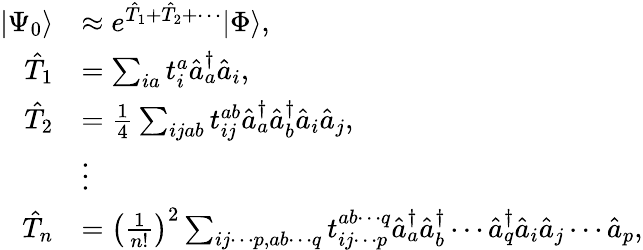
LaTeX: \begin{array}{rl}{|\Psi_{0}\rangle}&{\approx e^{\hat{T}_{1}+\hat{T}_{2}+\cdots}|\Phi\rangle,}\\ {\hat{T}_{1}}&{=\sum_{ia}t_{i}^{a}\hat{a}_{a}^{\dagger}\hat{a}_{i},}\\ {\hat{T}_{2}}&{=\frac{1}{4}\sum_{ijab}t_{ij}^{ab}\hat{a}_{a}^{\dagger}\hat{a}_{b}^{\dagger}\hat{a}_{i}\hat{a}_{j},}\\ &{\vdots}\\ {\hat{T}_{n}}&{=\left(\frac{1}{n!}\right)^{2}\sum_{ij\cdots p,ab\cdots q}t_{ij\cdots p}^{ab\cdots q}\hat{a}_{a}^{\dagger}\hat{a}_{b}^{\dagger}\cdots\hat{a}_{q}^{\dagger}\hat{a}_{i}\hat{a}_{j}\cdots\hat{a}_{p},}\end{array}